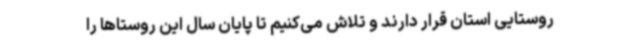
روستایی استان قرار دارند و تلاش می‌کنیم تا پایان سال این روستاها را